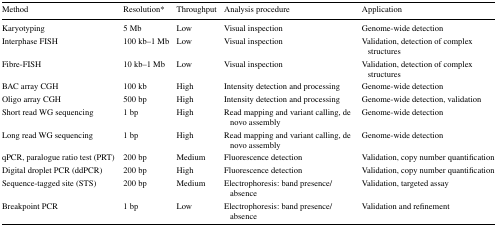
<table><thead><tr><td><b>Method</b></td><td><b>Resolution*</b></td><td><b>Throughput</b></td><td><b>Analysis procedure</b></td><td><b>Application</b></td></tr></thead><tbody><tr><td>Karyotyping</td><td>5 Mb</td><td>Low</td><td>Visual inspection</td><td>Genome-wide detection</td></tr><tr><td>Interphase FISH</td><td>100 kb–1 Mb</td><td>Low</td><td>Visual inspection</td><td>Validation, detection of complex structures</td></tr><tr><td>Fibre-FISH</td><td>10 kb–1 Mb</td><td>Low</td><td>Visual inspection</td><td>Validation, detection of complex structures</td></tr><tr><td>BAC array CGH</td><td>100 kb</td><td>High</td><td>Intensity detection and processing</td><td>Genome-wide detection</td></tr><tr><td>Oligo array CGH</td><td>500 bp</td><td>High</td><td>Intensity detection and processing</td><td>Genome-wide detection, validation</td></tr><tr><td>Short read WG sequencing</td><td>1 bp</td><td>High</td><td>Read mapping and variant calling, de novo assembly</td><td>Genome-wide detection</td></tr><tr><td>Long read WG sequencing</td><td>1 bp</td><td>High</td><td>Read mapping and variant calling, de novo assembly</td><td>Genome-wide detection</td></tr><tr><td>qPCR, paralogue ratio test (PRT)</td><td>200 bp</td><td>Medium</td><td>Fluorescence detection</td><td>Validation, copy number quantification</td></tr><tr><td>Digital droplet PCR (ddPCR)</td><td>200 bp</td><td>High</td><td>Fluorescence detection</td><td>Validation, copy number quantification</td></tr><tr><td>Sequence-tagged site (STS)</td><td>200 bp</td><td>Medium</td><td>Electrophoresis: band presence/absence</td><td>Validation, targeted assay</td></tr><tr><td>Breakpoint PCR</td><td>1 bp</td><td>Low</td><td>Electrophoresis: band presence/absence</td><td>Validation and refinement</td></tr></tbody></table>